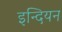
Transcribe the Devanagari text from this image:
इन्दियन